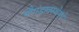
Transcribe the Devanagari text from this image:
पौगंडावस्थेमधे